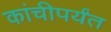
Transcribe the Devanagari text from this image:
कांचीपर्यंत